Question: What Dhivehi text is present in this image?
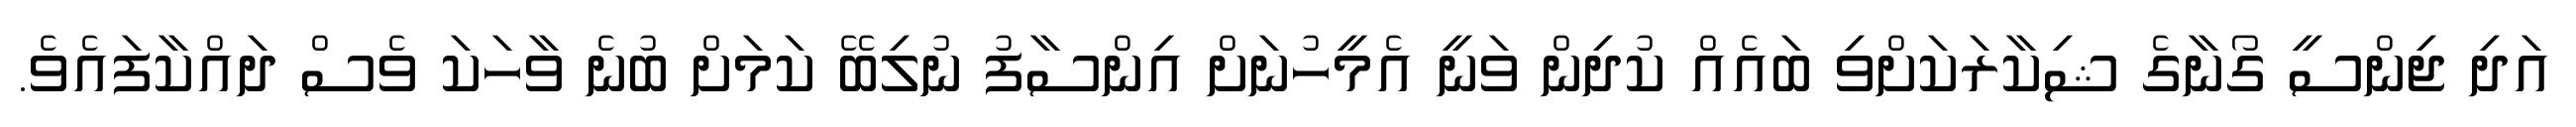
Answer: އަދި ޖިންސީ ގޯނާގެ ޝިކާރަކަށްވި ބައެއް ކުދިން ވަނީ އެމީހުނަށް އިންސާފު ނުލިބޭ ކަމަށް ބުނެ ވާހަކަ ވެސް ދައްކާފައެވެ.